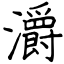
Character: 灂